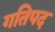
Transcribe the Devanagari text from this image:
गतिपद